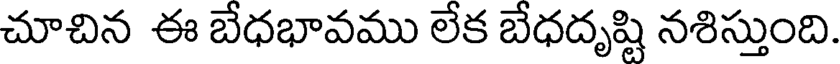
చూచిన ఈ బేధభావము లేక బేధదృష్టి నశిస్తుంది.